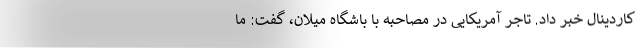
کاردینال خبر داد. تاجر آمریکایی در مصاحبه با باشگاه میلان، گفت: ما